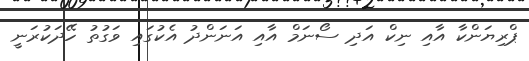
ޕްރިޔަންކާ އާއި ނިކް އަދި ސޯނަމް އާއި އަނަންދު އެކުގައި ވަގުތު ހޭދަކުރަނީ